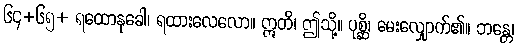
၆၄+၆၅+ ရထောနုခေါ၊ ရထားလေလော။ ဣတိ၊ ဤသို့။ ပုစ္ဆိ၊ မေးလျှောက်၏။ ဘန္တေ၊